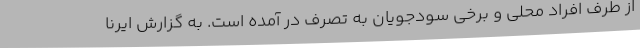
از طرف افراد محلی و برخی سودجویان به تصرف در آمده است. به گزارش ایرنا